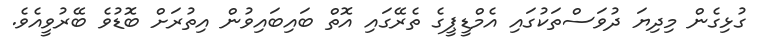
ގުޅިގެން މިދިޔަ ދުވަސްތަކުގައި އެމްޑީޕީގެ ތެރޭގައި އޮތް ބައިބައިވުން އިތުރަށް ބޮޑުވެ ބޭރުވީއެވެ.